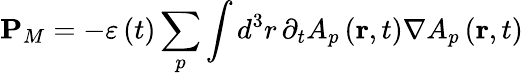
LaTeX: \mathbf{P}_{M}=-\varepsilon\left(t\right)\sum_{p}\int d^{3}r\, \partial_{t}A_{p}\left(\mathbf{r},t\right)\nabla A_{p}\left(\mathbf{r},t\right)